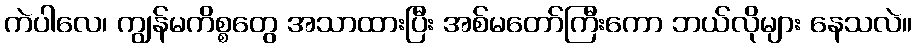
ကဲပါလေ၊ ကျွန်မကိစ္စတွေ အသာထားပြီး အစ်မတော်ကြီးကော ဘယ်လိုများ နေသလဲ။